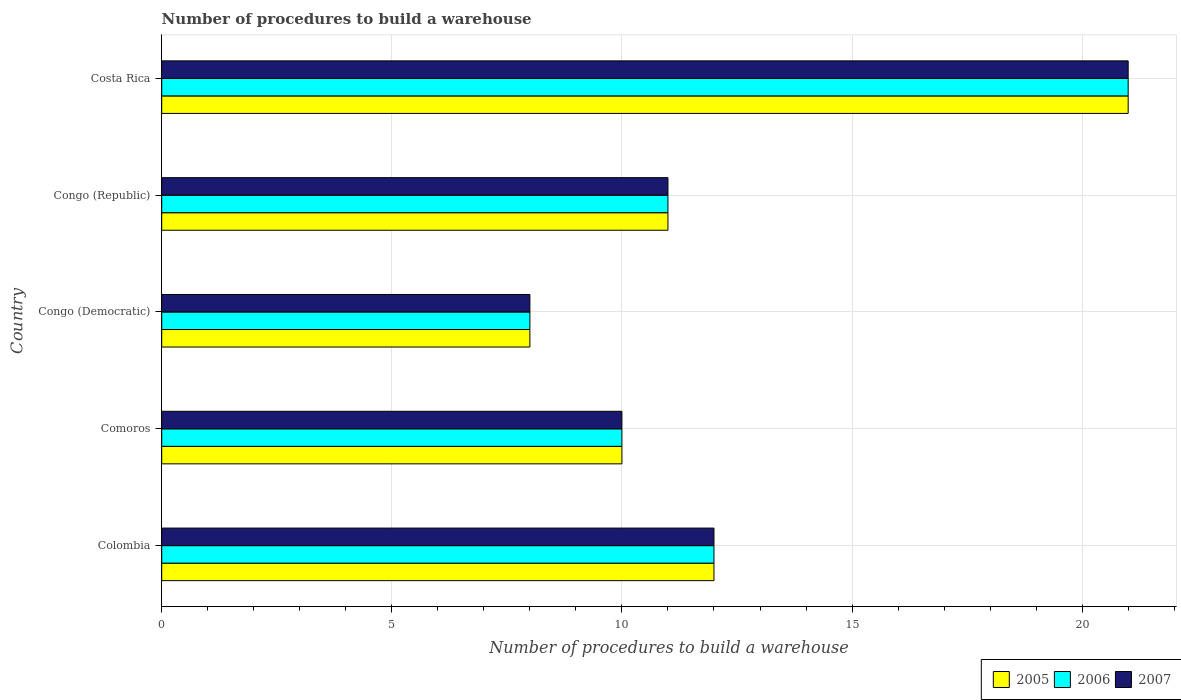
| Country | 2005 | 2006 | 2007 |
 | --- | --- | --- | --- |
 | Colombia | 12 | 12 | 12 |
 | Comoros | 10 | 10 | 10 |
 | Congo (Democratic) | 8 | 8 | 8 |
 | Congo (Republic) | 11 | 11 | 11 |
 | Costa Rica | 21 | 21 | 21 |